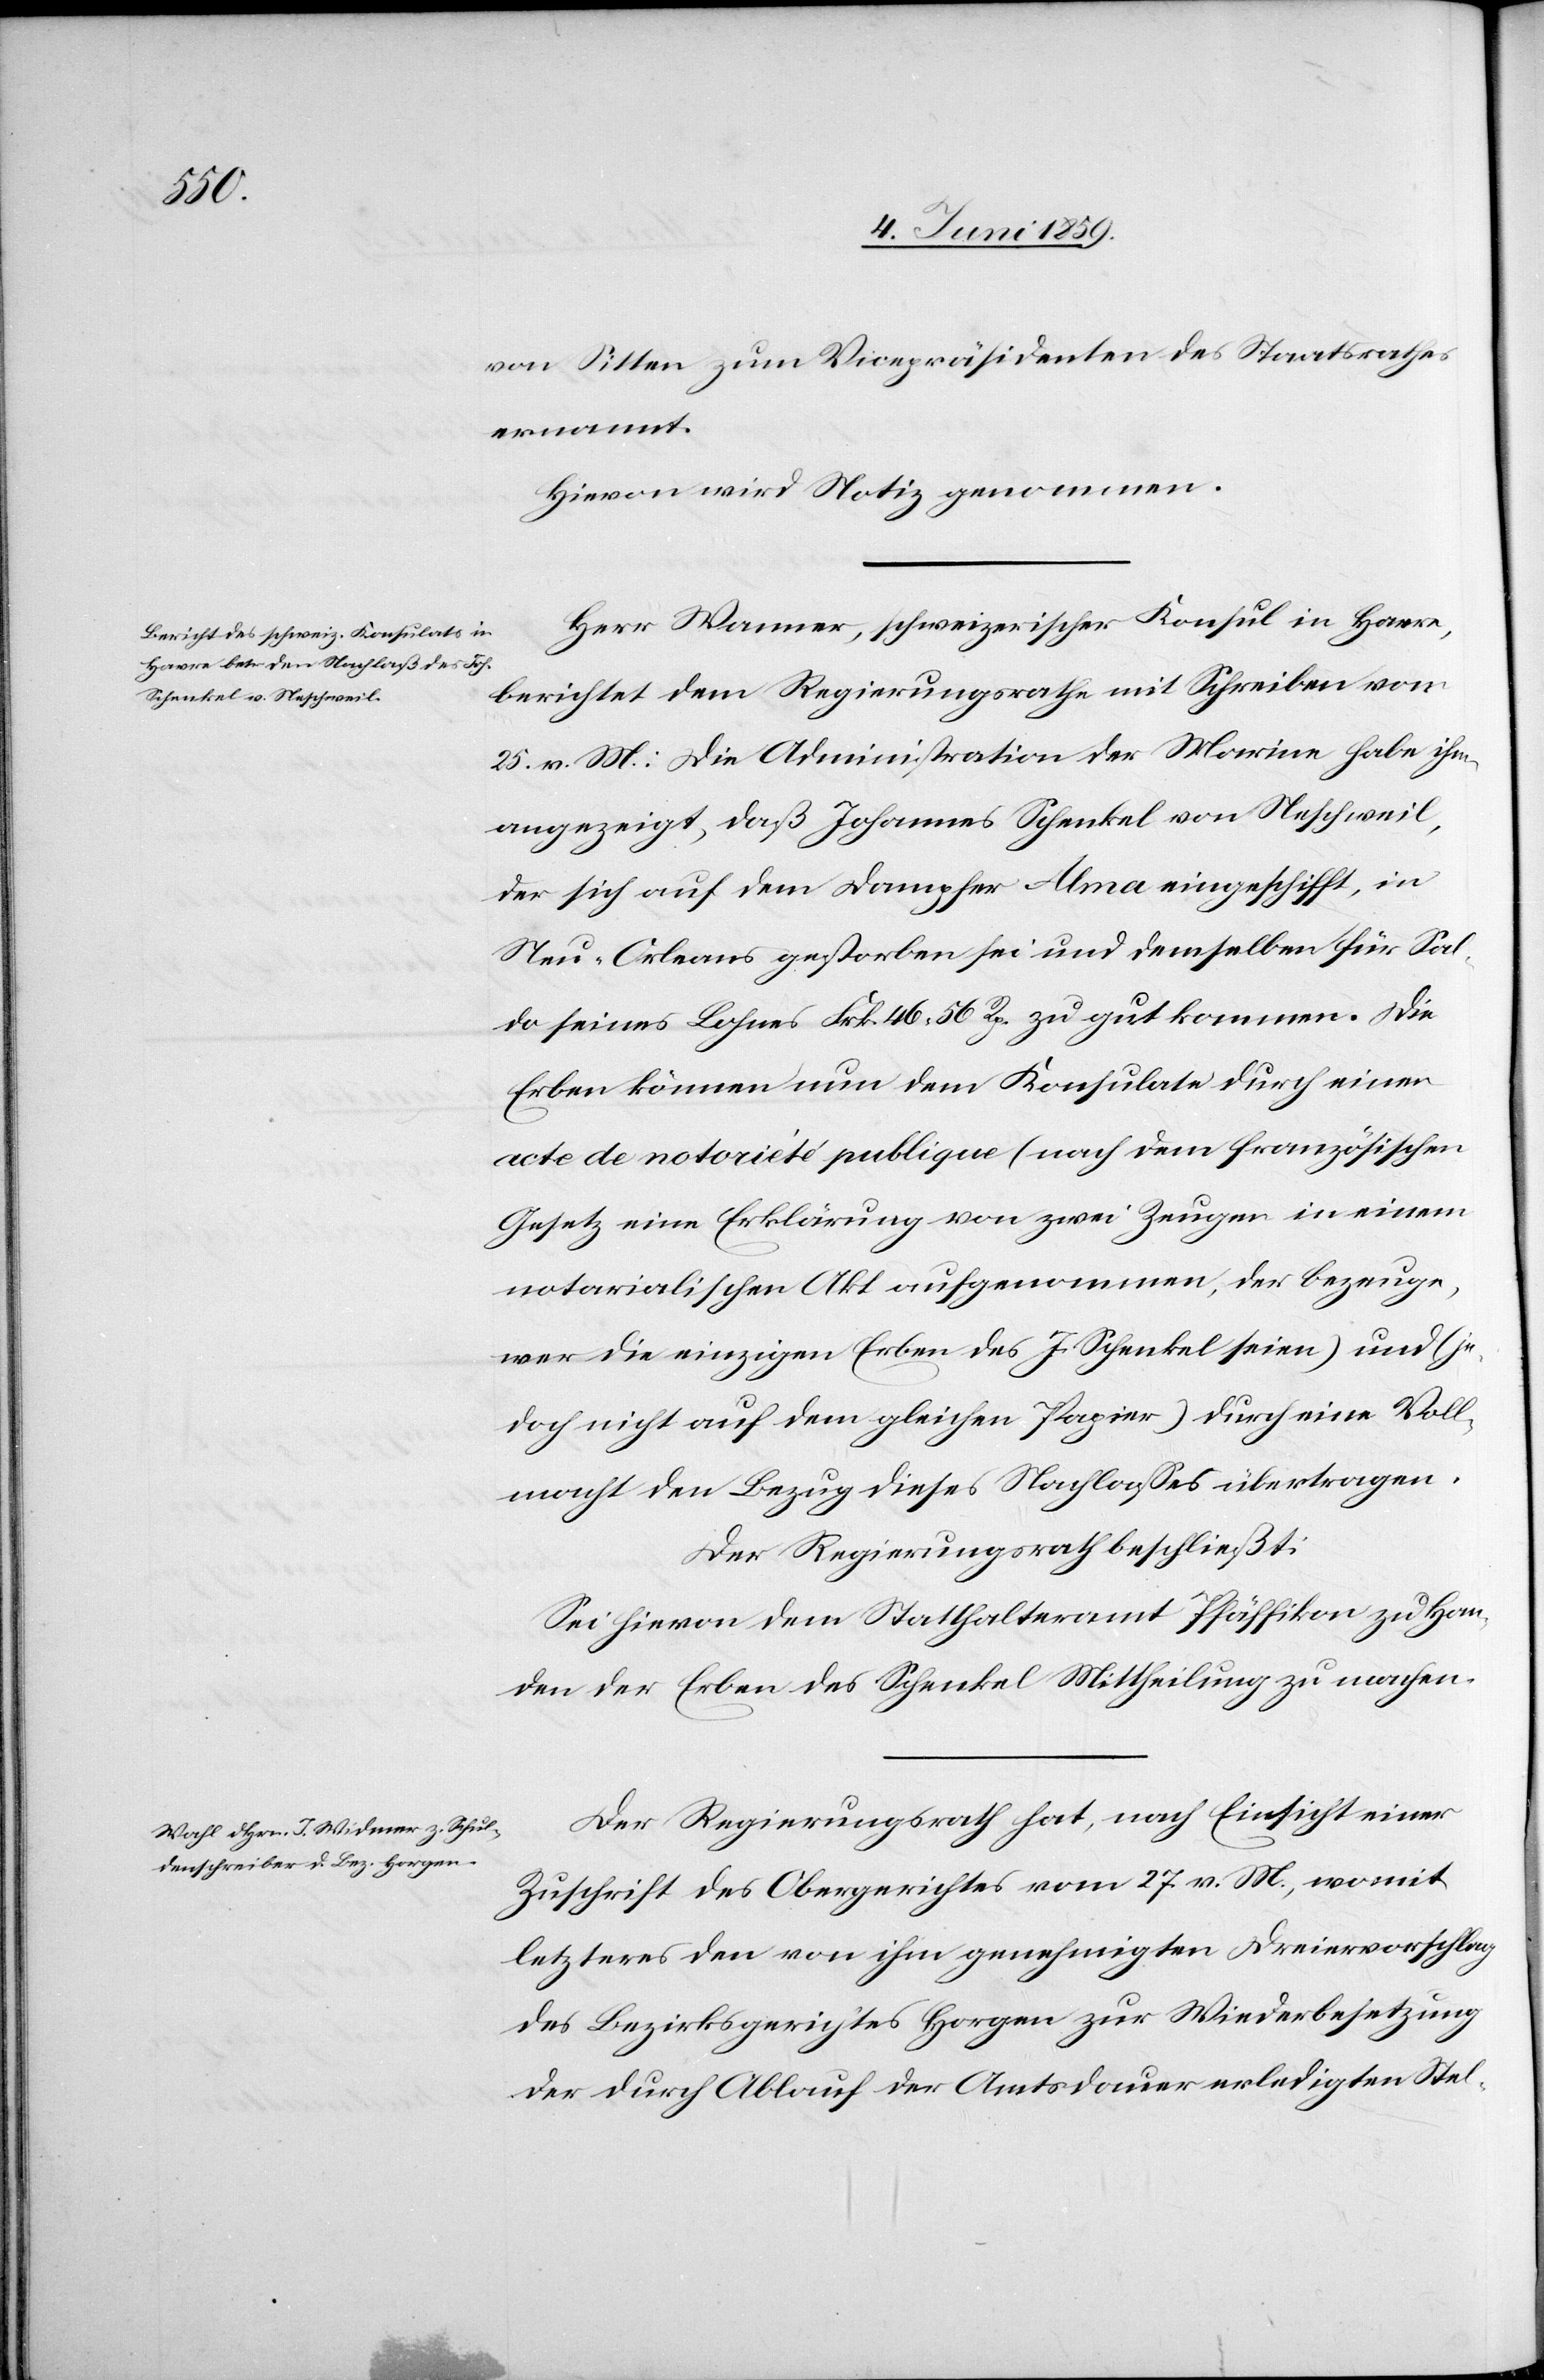
von Sitten zum Vicepräsidenten des Staatsrathes
ernannt.
Hievon wird Notiz genommen.
Herr Wanner, schweizerischer Konsul in Havre,
berichtet dem Regierungsrathe mit Schreiben vom
25. v. M.: die Administration der Marine habe ihm
angezeigt, daß Johannes Schenkel von Neschweil,
der sich auf dem Dampfer Alma eingeschifft, in
Neu-Orleans gestorben sei und demselben für Sal¬
do seines Lohnes Frk. 46.56 Rp. zu gut kommen. Die
Erben können nun dem Konsulate durch einen
acte de notariété publique (nach dem französischen
Gesetz eine Erklärung von zwei Zeugen in einem
notarialischen Akt aufgenommen, der bezeuge,
wer die einzigen Erben des J. Schenkel seien) und (je¬
doch nicht auf dem gleichen Papier) durch eine Voll¬
macht den Bezug dieses Nachlasses übertragen.
Der Regierungsrath beschließt:
Sei hievon dem Statthalteramt Pfäffikon zu Han¬
den der Erben des Schenkel Mittheilung zu machen.
Der Regierungsrath hat, nach Einsicht einer
Zuschrift des Obergerichtes vom 27. v. M., womit
letzteres den von ihm genehmigten Dreiervorschlag
des Bezirksgerichtes Horgen zu Wiederbesetzung
der durch Ablauf der Amtsdauer erledigten Stel-